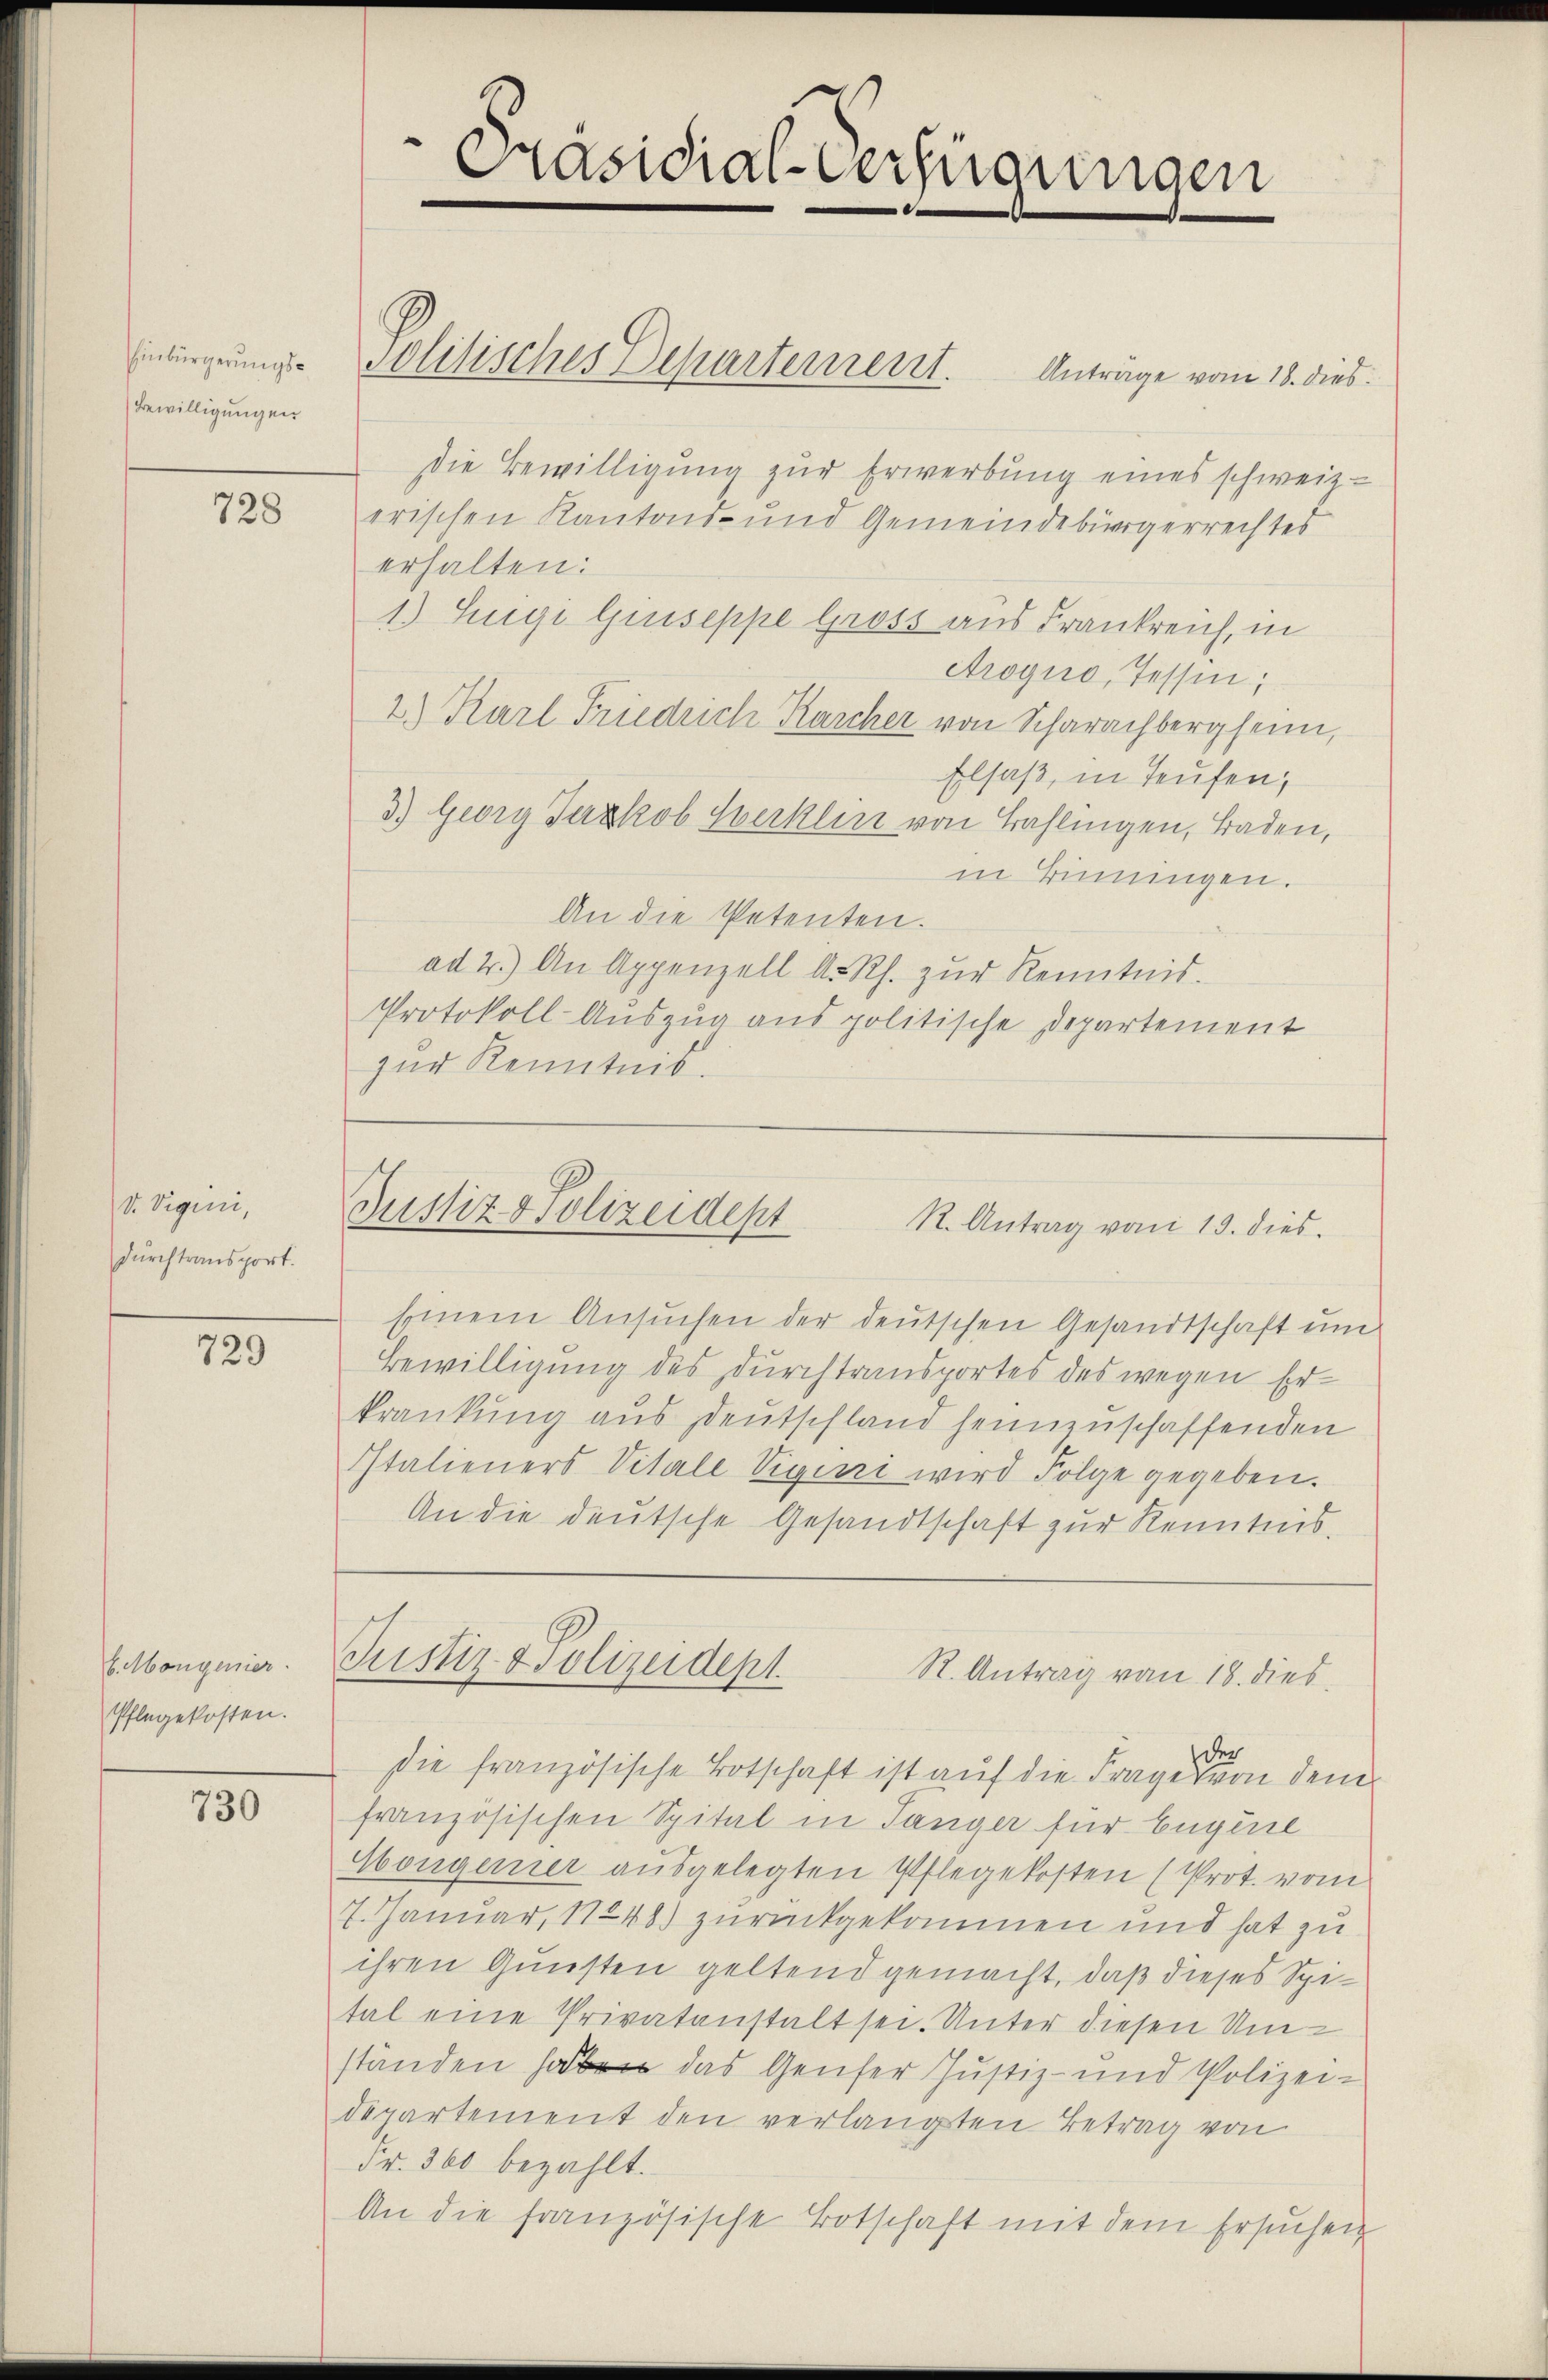
Einbürgerungs¬
Bewilligungen

728

So. Vigilii,
durch transport.

729

6. Mangenier
Pflegekosten.

730

Präsidial-Verfügungen
e

Solitisches Departement.
Anträge vom 18. dies
dDie Bewilligung zur Erwerbung eines schweiz.
erischen Kantons- und Gemeindebürgerrechtes
erhalten:
1.) Hegi Giuseppe Gross aus Frankreich, in
etrogno, Tessin;
2.) Karl Friedrich Karcher von Scharachberg sein,
Elsaß, in Teufen,
3.) Georg Jezkob Werklin von Bahlingen, Baden,
in Binnungen.
An die Petenten.
ad 2.) An Appenzell A. Rh. zŭr Kenntnis.
Protokoll Auszug aus politische Departement
zur Kenntnis.

Justiz & Polizeidept
R. Antrag von 19. dies

Einem Ansuchen der deutschen Gesandtschaft um
Bewilligung des Durchtransportes des wegen Erkrankung aus deutschland heimzuschaffenden
Italieners Vitale Viguri wird Folge gegeben.
An die deutsche Gesandtschaft zur Kenntnis.
R. Antrag von 18. dies
der
die französische Totschaft ist auf die Frages von dem
französischen Spital in Tänger für Eugene
Mongerer ausgelegten Pflegekosten (Prot. vom
7. Januar, 17248) zurückgekommen und hat zu
ihren Gunsten geltend gemacht, daß dieses Spital eine Privatanstalt sei. Unter diesen Umständen haben das Genfer Justiz- und Polizeidepartement den verlangten Betrag von
Fr. 360 bezahlt.
An die französische Botschaft mit dem Ersuchen

Justiz- & Polizeidept.